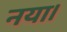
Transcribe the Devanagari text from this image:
नया।